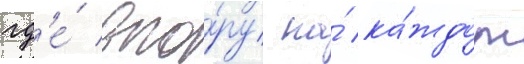
гд'е́ впо́ру на́ ка́ждом